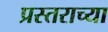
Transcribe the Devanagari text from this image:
प्रस्तराच्या